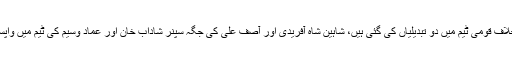
بھارت کےخلاف قومی ٹیم میں دو تبدیلیاں کی گئی ہیں، شاہین شاہ آفریدی اور آصف علی کی جگہ سپنر شاداب خان اور عماد وسیم کی ٹیم میں واپسی ہوئی ہے۔